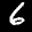
Label: 6